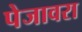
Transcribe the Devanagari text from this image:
पेजावरा